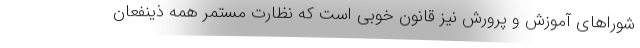
شوراهای آموزش و پرورش نیز قانون خوبی است که نظارت مستمر همه ذینفعان